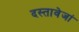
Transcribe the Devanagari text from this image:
दस्तावेजां